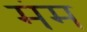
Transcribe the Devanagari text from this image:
मंम